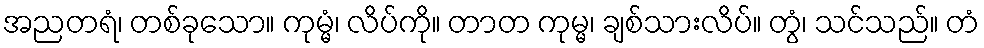
အညတရံ၊ တစ်ခုသော။ ကုမ္မံ၊ လိပ်ကို။ တာတ ကုမ္မ၊ ချစ်သားလိပ်။ တွံ၊ သင်သည်။ တံ